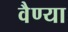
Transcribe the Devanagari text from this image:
वैण्या